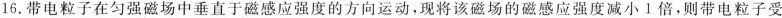
16.带电粒子在匀强磁场中垂直于磁感应强度的方向运动，现将该磁场的磁感应强度减小1倍，则带电粒子受